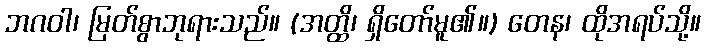
ဘဂဝါ၊ မြတ်စွာဘုရားသည်။ (အတ္ထိ၊ ရှိတော်မူ၏။) တေန၊ ထိုအရပ်သို့။